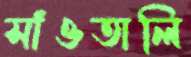
সাঁওতালি